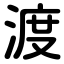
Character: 渡